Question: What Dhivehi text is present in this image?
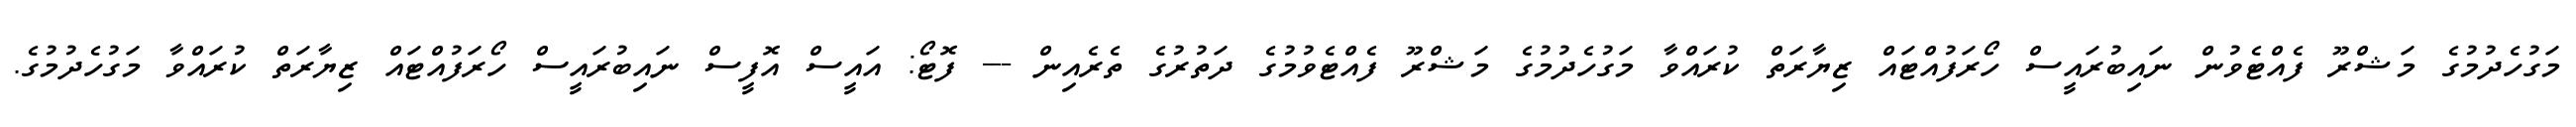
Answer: މަގުހެދުމުގެ މަޝްރޫ ފެއްޓެވުން ނައިބުރައީސް ހޯރަފުއްޓައް ޒިޔާރަތް ކުރައްވާ މަގުހެދުމުގެ މަޝްރޫ ފެއްޓެވުމުގެ ދަތުރުގެ ތެރެއިން --- ފޮޓޯ: އައީސް އޮފީސް ނައިބުރައީސް ހޯރަފުއްޓައް ޒިޔާރަތް ކުރައްވާ މަގުހެދުމުގެ.